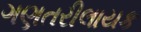
ગણતરીલાયક